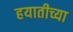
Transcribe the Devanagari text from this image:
हयातीच्या